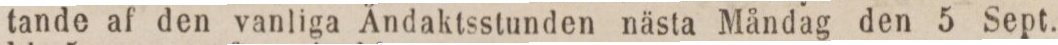
tande af den vanliga Ändaktsstunden nästa Måndag den 5 Sept.